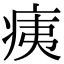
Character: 痍